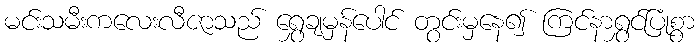
မင်းသမီးကလေးလီဇာသည် ရွှေချမှန်ပေါင် တွင်းမှနေ၍ ကြင်နာရွှင်ပြုံစွာ